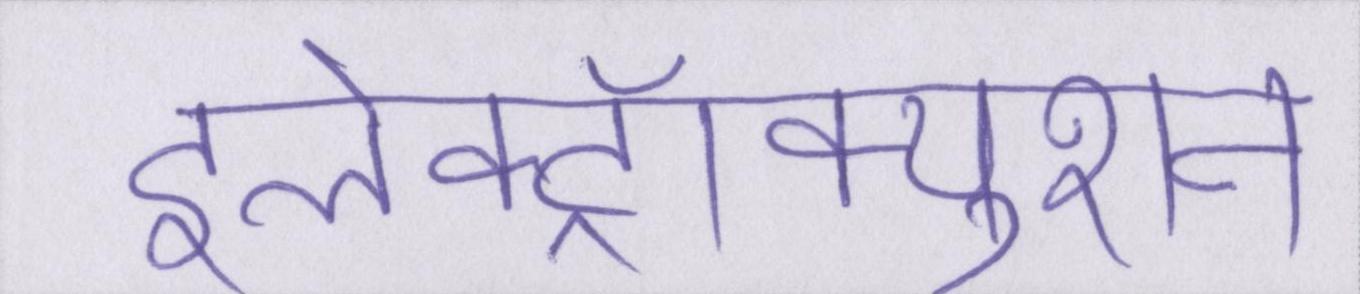
इलेक्ट्रॉक्युशन